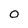
Character: O